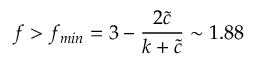
f > f _ { m i n } = 3 - \frac { 2 { \tilde { c } } } { k + { \tilde { c } } } \sim 1 . 8 8 \,